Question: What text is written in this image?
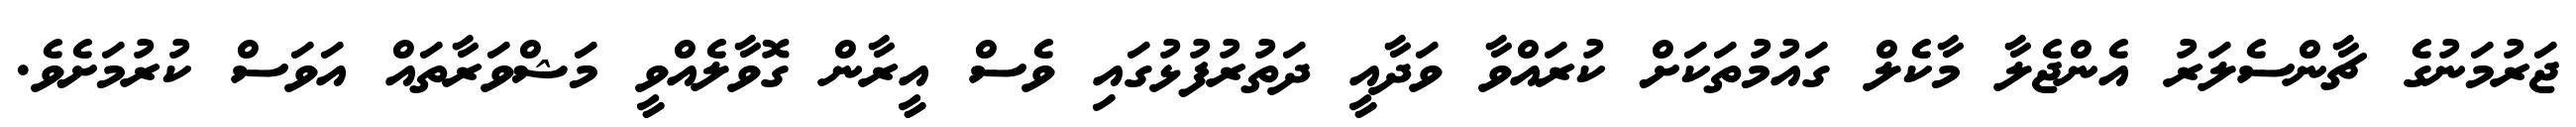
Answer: ޖަރުމަނުގެ ޗާންސެލަރު އެންޖެލާ މާކެލް ގައުމުތަކަށް ކުރައްވާ ވަދާއީ ދަތުރުފުޅުގައި ވެސް އީރާން ގޮވާލެއްވީ މަޝްވަރާތައް އަވަސް ކުރުމަށެވެ.